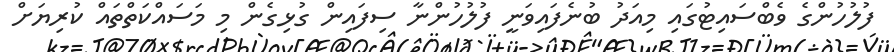
ފުލުހުންގެ ވެބްސައިޓުގައި މިއަދު ބުނެފައިވަނީ ފުލުހުންނާ ސިފައިން ގުޅިގެން މި މަސައްކަތްތައް ކުރިޔަށް